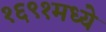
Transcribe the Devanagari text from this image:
१६९१मध्ये